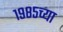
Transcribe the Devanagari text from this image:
१९८५च्या